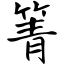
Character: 箐